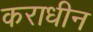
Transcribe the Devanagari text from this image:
कराधीन